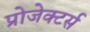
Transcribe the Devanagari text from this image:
प्रोजेक्टर्स